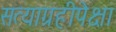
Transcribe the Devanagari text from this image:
सत्याग्रहीपेक्षा